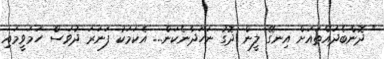
" ދޮންބެދައްތައަށް އިނގޭ ލީން ދޮގު ނަހަދާނެކަން... އެކަމަކު ފަނަރަ ދުވަސް ހަމަވީމައި